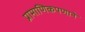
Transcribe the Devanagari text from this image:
प्रामाणिकपणाने